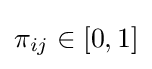
\pi _{ij}\in [0,1]